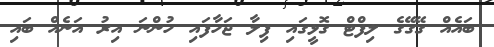
ބައެއް ގޭގޭގެ ލިފްޓް ގޮޅީގައި ފިލާ ޖަހާފައި ހުންނަ އިރު އަނެއް ބައި